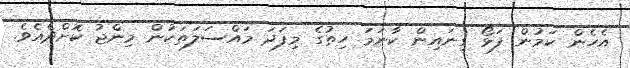
އެހެން ކަމުން ފަޅޯ ގިނައިން ކާނަމަ ހިތުގެ މިފަދަ މައްސަލަތަކުން މިންޖު ކޮށްދެއެވެ.